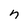
Character: n